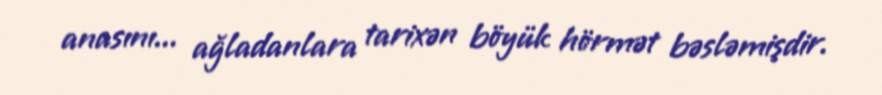
anasını... ağladanlara tarixən böyük hörmət bəsləmişdir.